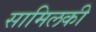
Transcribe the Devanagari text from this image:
सामिलकी